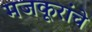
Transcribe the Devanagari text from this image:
मजकूरांचे